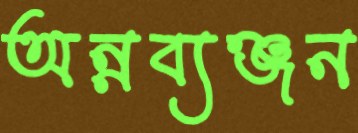
অন্নব্যঞ্জন